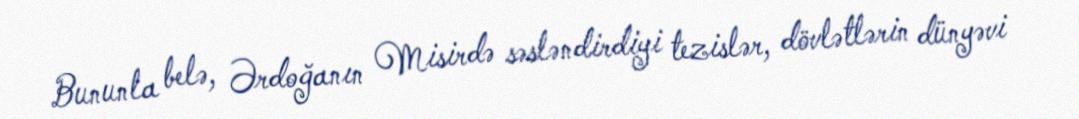
Bununla belə, Ərdoğanın Misirdə səsləndirdiyi tezislər, dövlətlərin dünyəvi